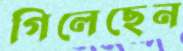
গিলেছেন